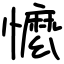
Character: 懡